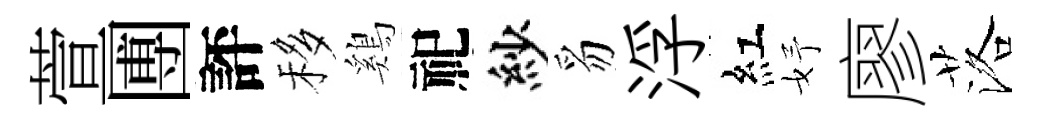
萱圑評移鷄祀紗豸浮紅妤廖落